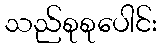
သည်စုစုပေါင်း